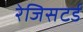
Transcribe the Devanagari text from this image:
रेजिसटर्ड